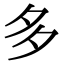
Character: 多